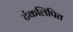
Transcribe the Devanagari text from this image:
टंकलिपित